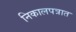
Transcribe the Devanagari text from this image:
निकालपत्रात